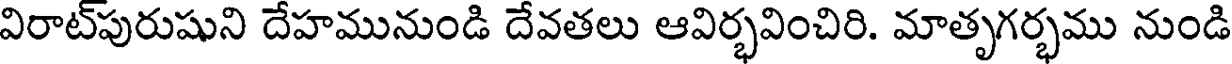
విరాట్పురుషుని దేహమునుండి దేవతలు ఆవిర్భవించిరి. మాతృగర్భము నుండి